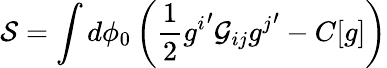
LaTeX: {\cal S}=\int d\phi_{0}\left(\frac{1}{2}{g^{i}}^{\prime}{\cal G}_{ij}{g^{j}}^{\prime}-C[g]\right)